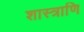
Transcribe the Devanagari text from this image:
शास्त्राणि